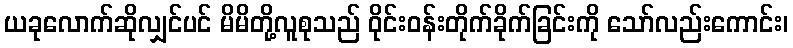
ယခုလောက်ဆိုလျှင်ပင် မိမိတို့လူစုသည် ဝိုင်းဝန်းတိုက်ခိုက်ခြင်းကို သော်လည်းကောင်း၊